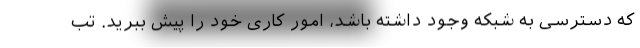
که دسترسی به شبکه وجود داشته باشد، امور کاری خود را پیش ببرید. تب